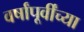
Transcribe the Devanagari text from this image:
वर्षांपूर्वींच्या